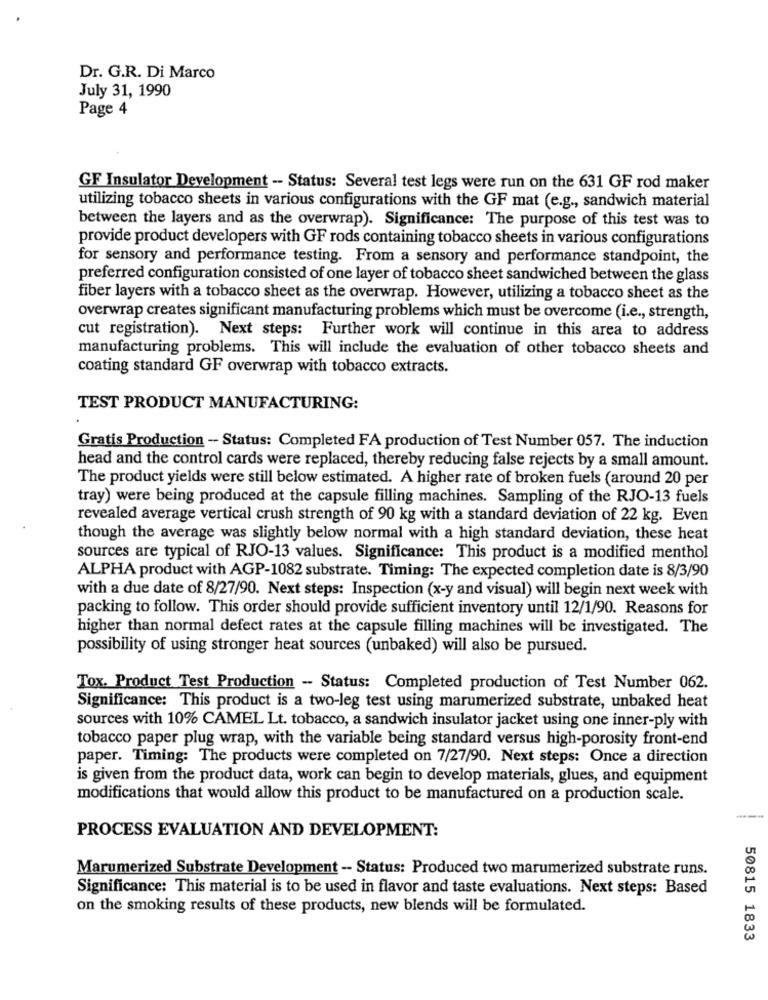
Dr. G.R. Di Marco
July 31, 1990
Page 4
GF Insulator Development -- Status: Several test legs were run on the 631 GF rod maker
utilizing tobacco sheets in various configurations with the GF mat (e.g ., sandwich material
between the layers and as the overwrap). Significance: The purpose of this test was to
provide product developers with GF rods containing tobacco sheets in various configurations
for sensory and performance testing. From a sensory and performance standpoint, the
preferred configuration consisted of one layer of tobacco sheet sandwiched between the glass
fiber layers with a tobacco sheet as the overwrap. However, utilizing a tobacco sheet as the
overwrap creates significant manufacturing problems which must be overcome (i.e ., strength,
cut registration). Next steps: Further work will continue in this area to address
manufacturing problems. This will include the evaluation of other tobacco sheets and
coating standard GF overwrap with tobacco extracts.
TEST PRODUCT MANUFACTURING:
Gratis Production - Status: Completed FA production of Test Number 057. The induction
head and the control cards were replaced, thereby reducing false rejects by a small amount.
The product yields were still below estimated. A higher rate of broken fuels (around 20 per
tray) were being produced at the capsule filling machines. Sampling of the RJO-13 fuels
revealed average vertical crush strength of 90 kg with a standard deviation of 22 kg. Even
though the average was slightly below normal with a high standard deviation, these heat
sources are typical of RJO-13 values. Significance: This product is a modified menthol
ALPHA product with AGP-1082 substrate. Timing: The expected completion date is 8/3/90
with a due date of 8/27/90. Next steps: Inspection (x-y and visual) will begin next week with
packing to follow. This order should provide sufficient inventory until 12/1/90. Reasons for
higher than normal defect rates at the capsule filling machines will be investigated. The
possibility of using stronger heat sources (unbaked) will also be pursued.
Tox. Product Test Production -- Status: Completed production of Test Number 062.
Significance: This product is a two-leg test using marumerized substrate, unbaked heat
sources with 10% CAMEL Lt. tobacco, a sandwich insulator jacket using one inner-ply with
tobacco paper plug wrap, with the variable being standard versus high-porosity front-end
paper. Timing: The products were completed on 7/27/90. Next steps: Once a direction
is given from the product data, work can begin to develop materials, glues, and equipment
modifications that would allow this product to be manufactured on a production scale.
-
PROCESS EVALUATION AND DEVELOPMENT:
Marumerized Substrate Development - Status: Produced two marumerized substrate runs.
Significance: This material is to be used in flavor and taste evaluations. Next steps: Based
on the smoking results of these products, new blends will be formulated.
50815 1833